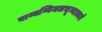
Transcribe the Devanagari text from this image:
वाय्वग्निजलभूम्यात्मने